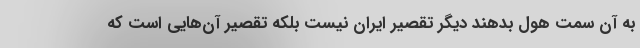
به آن سمت هول بدهند دیگر تقصیر ایران نیست بلکه تقصیر آن‌هایی است که